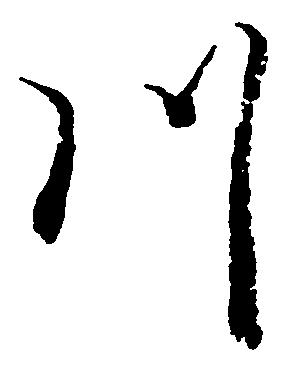
川